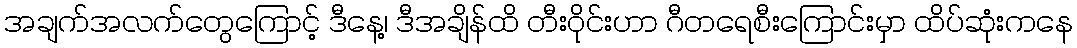
အချက်အလက်တွေကြောင့် ဒီနေ့၊ ဒီအချိန်ထိ တီးဝိုင်းဟာ ဂီတရေစီးကြောင်းမှာ ထိပ်ဆုံးကနေ